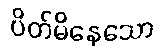
ပိတ်မိနေသော